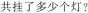
共挂了多少个灯？